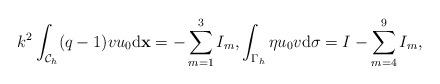
LaTeX: \begin{align*} k^2\int_{\mathcal C_h}(q-1)vu_0\mathrm d\mathbf x=-\sum_{m=1}^3I_m, \int_{\Gamma_h}\eta u_0v\mathrm d\sigma=I-\sum_{m=4}^9I_m, \end{align*}